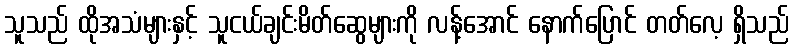
သူသည် ထိုအသံများနှင့် သူငယ်ချင်းမိတ်ဆွေများကို လန့်အောင် နောက်ပြောင် တတ်လေ့ ရှိသည်